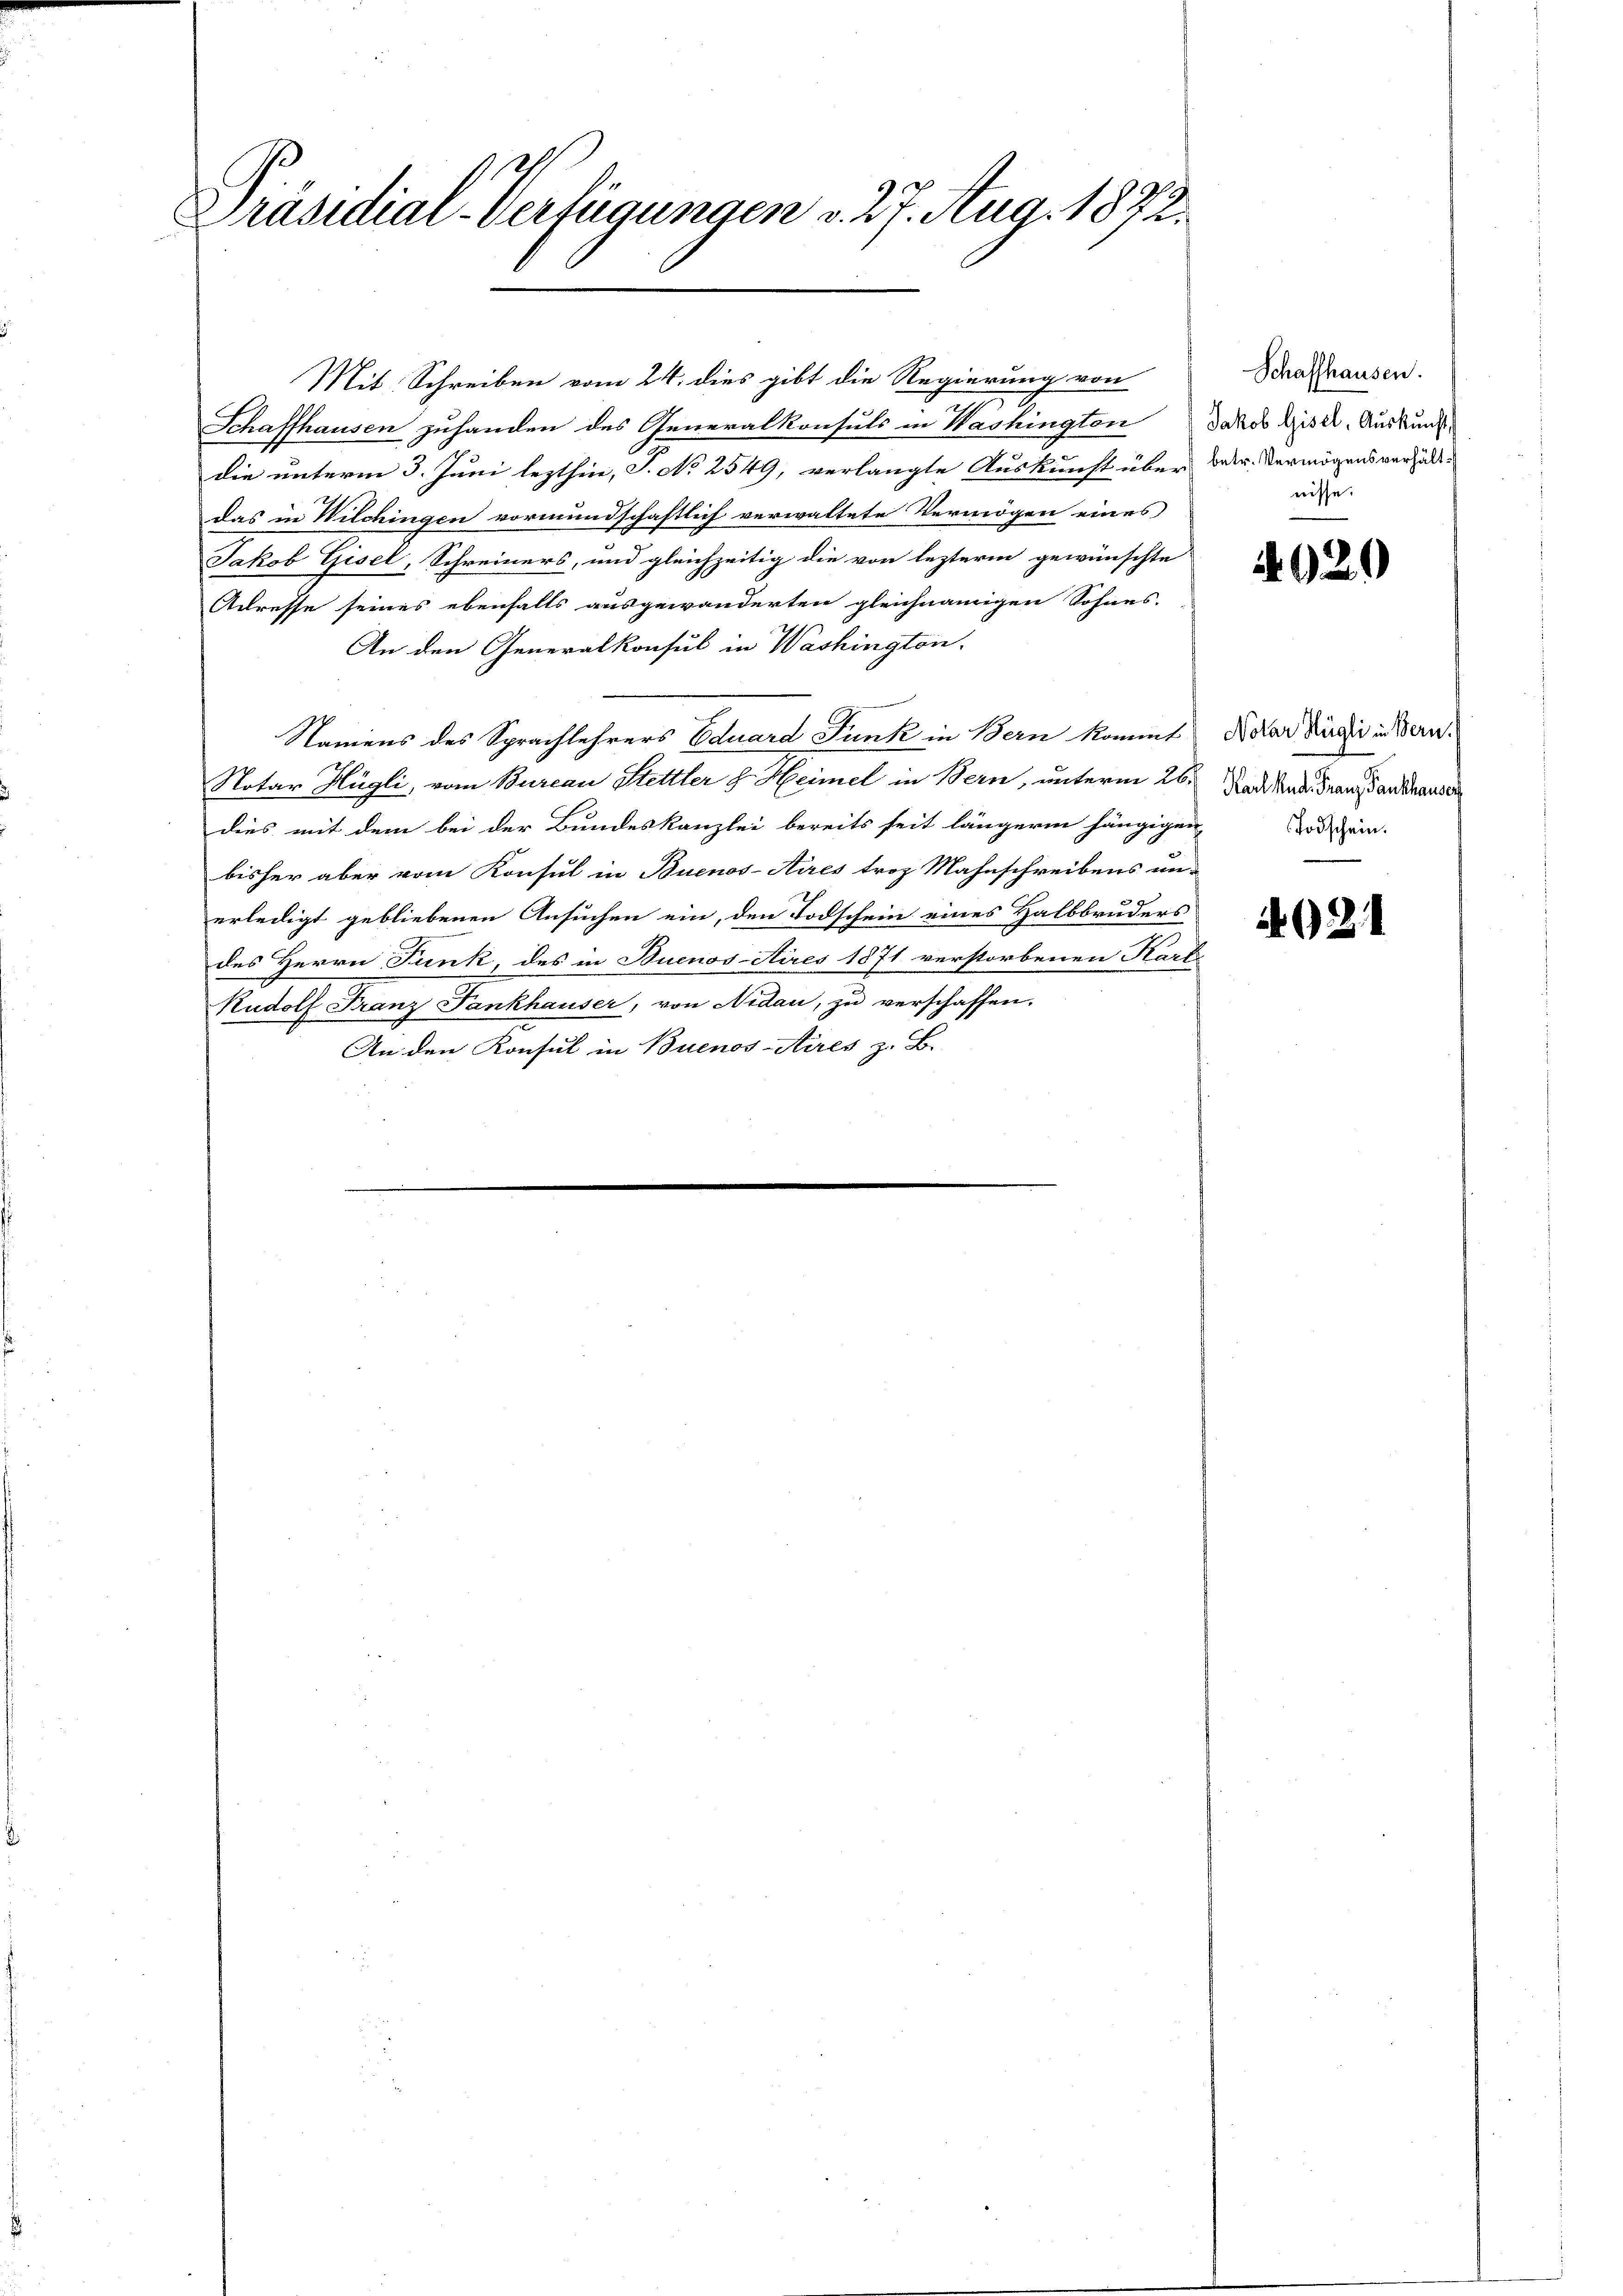
Präsidial-Verfügungen d. 27. Aug. 1872.

Schaffhausen zuhanden des Generalkonsuls in Washington Jakob Gisel, Auskund-
die unterm 3. Juni lezthin, S. No 2549, verlangte Auskunft über betr. Vermögensverhältdas in Wilchingen vormundschaftlich verwaltete Vermögen eines
Jakob Gisel, Schreiners, und gleichzeitig die von lezterm gewünschte
Adresse seines ebenfalls ausgewanderten gleichnamigen Sohnes-
An den Generalkonsul in Washington,
Namens des Sprachlehrers Eduard Junk in Bern kommt Notar Rudii in Bern
Notar Hügli, vom Burcau Hettler H. Heimel in Bern, unterm 26. Mad. And. Franz an Krauser
dies mit dem bei der Bundeskanzlei bereits seit längerin hängigen
bisher aber vom Konsul in Buenos-Aires troz Mahnschreibens un-
5
erledigt gebliebenen Ansuchen ein, den Todschein eines Halbbruders
des Herrn Funk, des in Buenos-Aires 1871 verstorbenen Kart
Rudolf Franz Fankhauser, von Nidau, zu verschaffen.
An den Konsul in Buenos-Aires z. B.

Mit Schreiben vom 24. dies gibt die Regierung von

Schaffhausen.
nisse.

4020

Todschein.

921